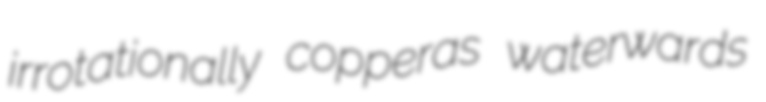
irrotationally copperas waterwards